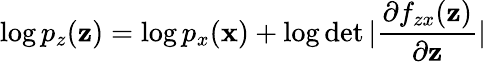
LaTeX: \log p_{z}(\mathbf{z})=\log p_{x}(\mathbf{x})+\log\operatorname*{det}|\frac{\partial f_{zx}(\mathbf{z})}{\partial\mathbf{z}}|